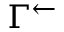
\Gamma ^ { \leftarrow }